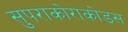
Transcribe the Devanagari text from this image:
सुपराकोराकोडस